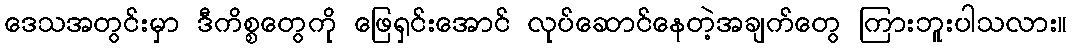
ဒေသအတွင်းမှာ ဒီကိစ္စတွေကို ဖြေရှင်းအောင် လုပ်ဆောင်နေတဲ့အချက်တွေ ကြားဘူးပါသလား။